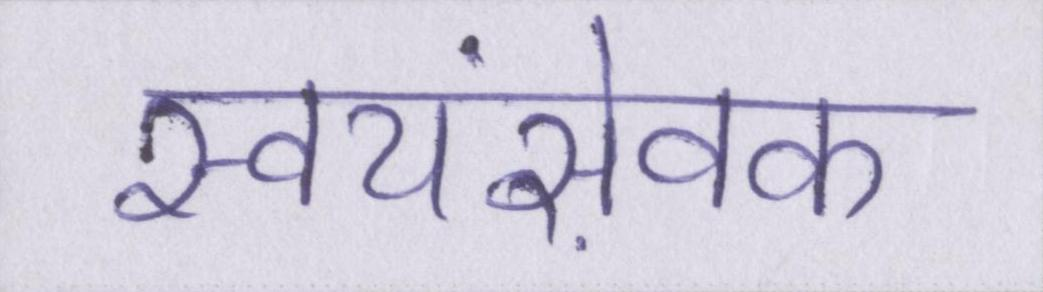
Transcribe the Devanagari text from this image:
स्वयंसेवक